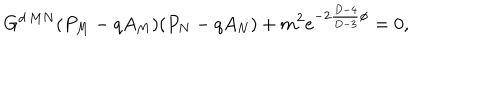
G ^ { d \, M N } ( P _ { M } - q A _ { M } ) ( P _ { N } - q A _ { N } ) + m ^ { 2 } e ^ { - 2 { \frac { D - 4 } { D - 3 } } \phi } = 0 ,